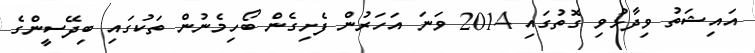
އައިޝަތު ވިދާޅުވި ގޮތުގައި 2014 ވަނަ އަހަރުން ފެށިގެން ބޯހިމެނުން ތަކުގައި ބިދޭސީންގެ